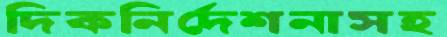
দিকনির্দেশনাসহ